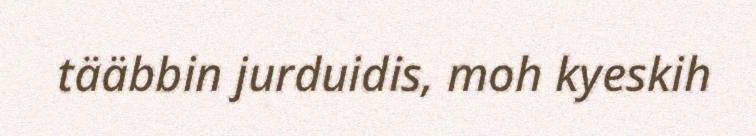
tääbbin jurduidis, moh kyeskih